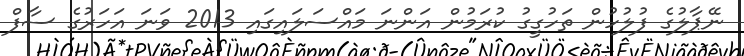
ނޭޕާލުގެ ފުލުހުން ތަހުގީގު ކުރަމުން އަންނަ މައްސަލައިގައި 2013 ވަނަ އަހަރުގެ ސާފް